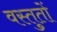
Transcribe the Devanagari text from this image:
वस्तुतों